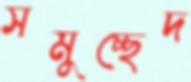
সমুচ্ছেদ